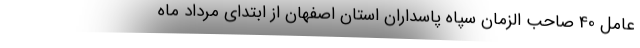
عامل 40 صاحب الزمان سپاه پاسداران استان اصفهان از ابتدای مرداد ماه